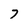
Character: 7